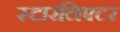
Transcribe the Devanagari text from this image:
स्टारलिफ्टर